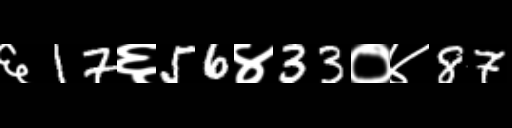
Text: ६17६56४33०४87